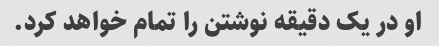
او در یک دقیقه نوشتن را تمام خواهد کرد.